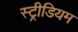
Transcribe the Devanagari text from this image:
स्ट्रीडियम